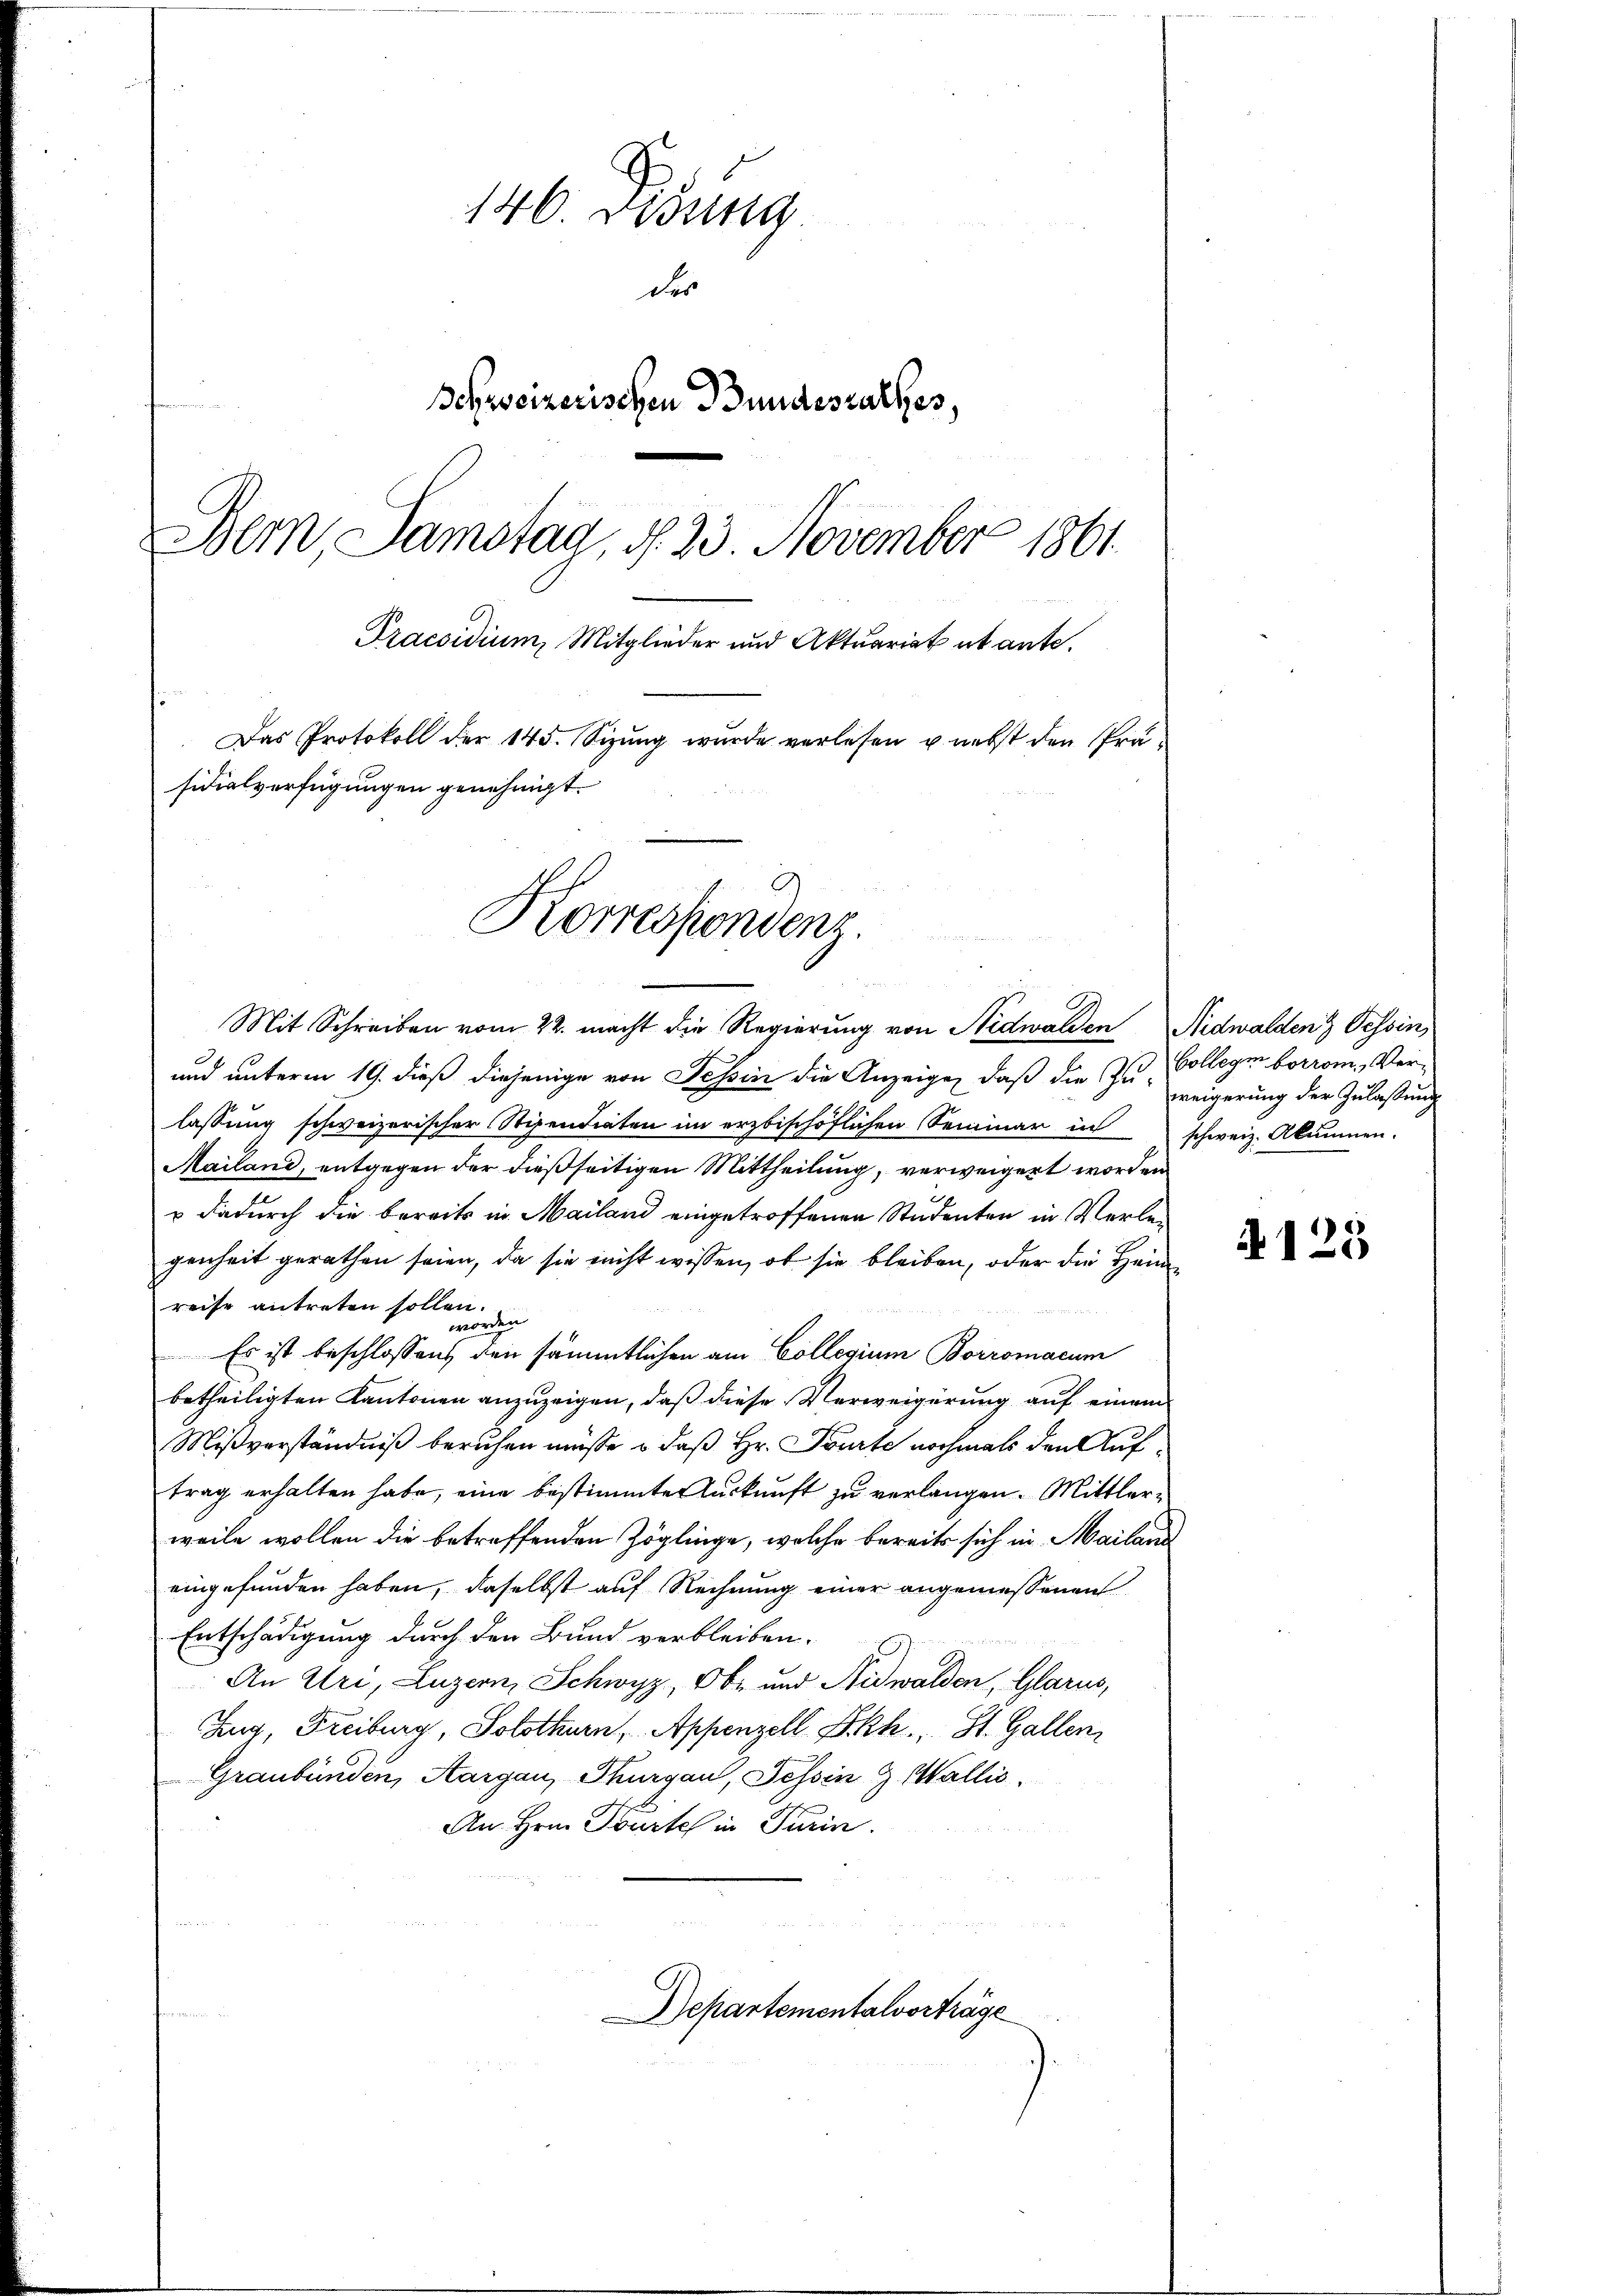
146. Sonna
der
Behweizerischen Bundesrathes,
Bern, Samstag, d. 23. November 1861.
Praesidium, Mitglieder und Aktuariat et ante.
Das Protokoll der 145. Sizung wurde verlesen u. nebst den Präsidialverfügungen genehmigt.

Korrespondenz
.
Mit Schreiben vom 22. macht die Regierung von Nidwalden Nidwalden Tessin,

und unterm 19. dieß diejenige von Tessin die Anzeige, daß die Zu-
lassung schweizerischer Stipendiaten im erzbischöflichen Seminar in schweiz. Akumnen.
Mailand, entgegen der dießseitigen Mittheilung, verweigert worden
 dadurch die bereits in Mailand eingetroffenen Studenten in Verlegenheit gerathen seien, da sie nicht wissen, ob sie bleiben, oder die Heim
reise antreten sollen.
worden
Es ist beschlossens den sämmtlichen am Collegium Borromacum
betheiligten Kantonen anzuzeigen, daß diese Verweigerung auf einem
Mißverständniß beruhen müße, u. daß Hr. Tourte nochmals den Auftrag erhalten habe, eine bestimmte Auskunft zu verlangen. Mittlerweile wollen die betreffenden Zöglinge, welche bereits sich in Mailand
eingefunden haben, daselbst auf Rechnung einer angemessenen
Entschädigung durch den Bund verbleiben.
An Uri, Luzern, Schwyz, Ob- und Nidwalden, Glarus,
Zug, Freiburg, Solothurn, Appenzell Ikh. St. Gallen,
Graubünden, Aargau, Thurgau, Tessin Z. Wallis.
An Hrn. Tourtel in Turin.
Departementalvorträge

A123

Collegi botrom, Verweigerung der Zulassung